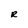
Character: R